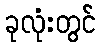
ခုလုံးတွင်